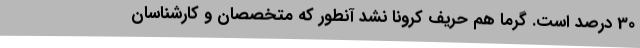
30 درصد است. گرما هم حریف کرونا نشد آنطور که متخصصان و کارشناسان